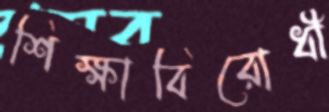
শিক্ষাবিরোধী